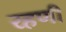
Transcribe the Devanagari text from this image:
रहणी